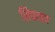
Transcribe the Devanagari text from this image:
शिकताच